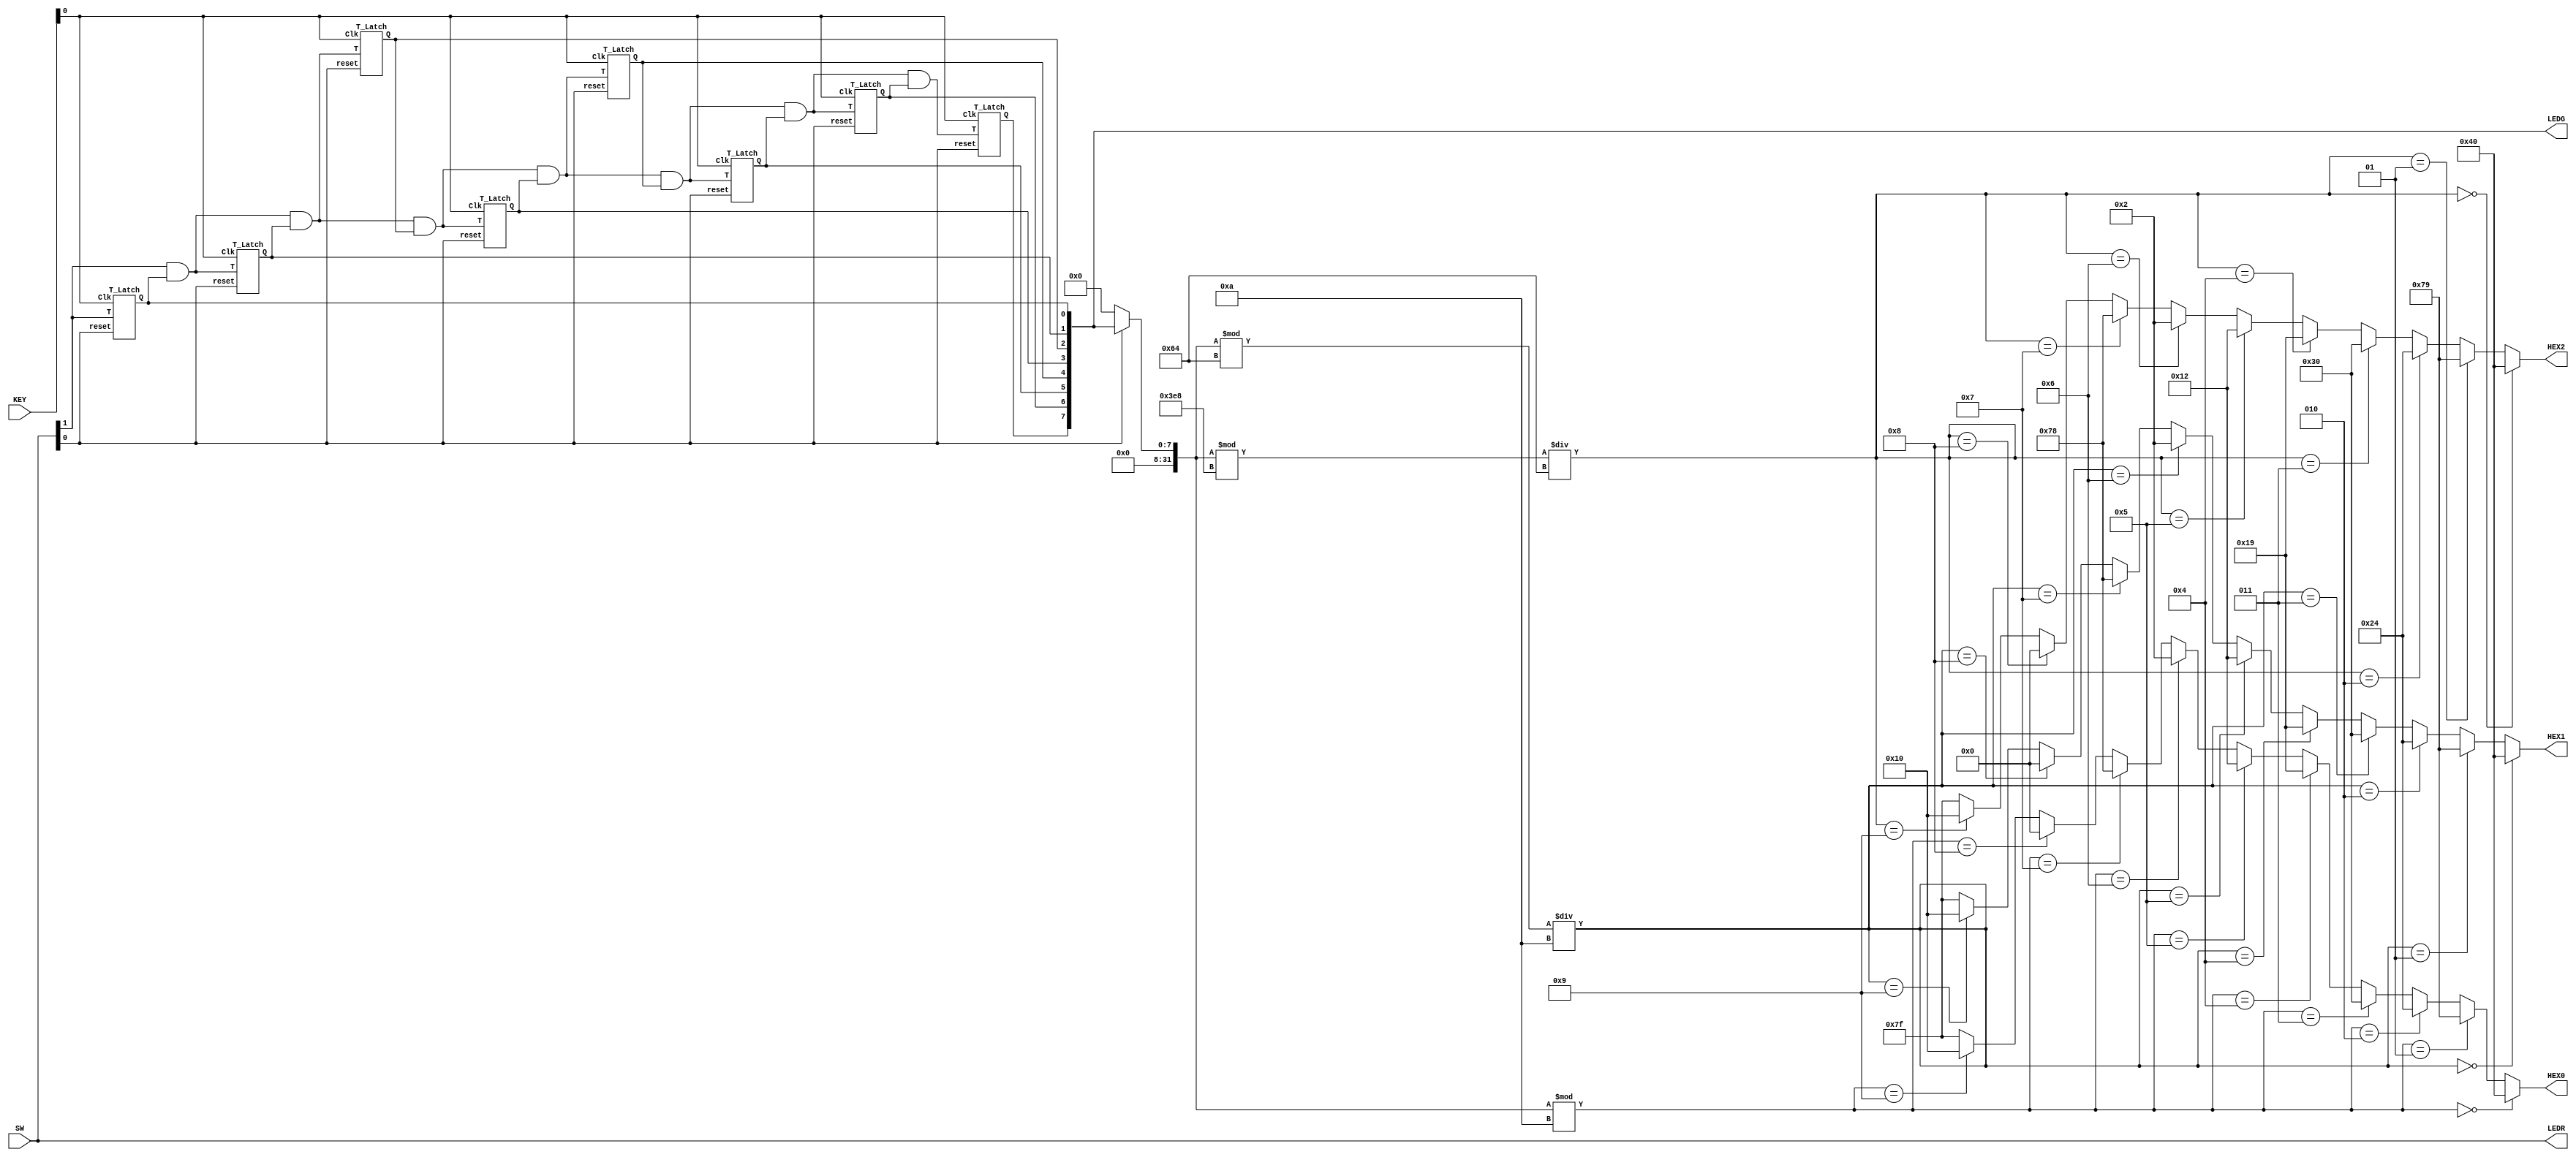
//This program uses T flip flops to create an 8 bit counter, and display the count onto HEX[2:0]
//KEY[0] is the clock
//SW[0] is Clear when toggled low
//SW[1] is Enable when toggled high
//Leave SW[1:0] high for the counter to work. 
`define BLANK 7'b1111111
`define ZERO 7'b1000000
`define ONE 7'b1111001
`define TWO 7'b0100100
`define THREE 7'b0110000
`define FOUR 7'b0011001
`define FIVE 7'b0010010
`define SIX 7'b0000010
`define SEVEN 7'b1111000
`define EIGHT 7'b0000000
`define NINE 7'b0010000

module Lab41 (SW, LEDR, LEDG, HEX0, HEX1, HEX2, KEY);
input [17:0]SW;
output [17:0]LEDR;
output [7:0]LEDG;
output [6:0]HEX0;
output [6:0]HEX1;
output [6:0]HEX2;
input [3:0]KEY;
integer Count;
wire[7:0]w;

assign LEDR = SW;
assign LEDG = w;

//These are the eight T latches for the eight bit counter
T_Latch Latch1(SW[1], KEY[0], w[0], SW[0]);
T_Latch Latch2((SW[1] & w[0]), KEY[0], w[1], SW[0]);
T_Latch Latch3((SW[1] & w[0] & w[1]), KEY[0], w[2], SW[0]);
T_Latch Latch4((SW[1] & w[0] & w[1] & w[2]), KEY[0], w[3], SW[0]);
T_Latch Latch5((SW[1] & w[0] & w[1] & w[2] & w[3]), KEY[0], w[4], SW[0]);
T_Latch Latch6((SW[1] & w[0] & w[1] & w[2] & w[3] & w[4]), KEY[0], w[5], SW[0]);
T_Latch Latch7((SW[1] & w[0] & w[1] & w[2] & w[3] & w[4] & w[5]), KEY[0], w[6], SW[0]);
T_Latch Latch8((SW[1] & w[0] & w[1] & w[2] & w[3] & w[4] & w[5] & w[6]), KEY[0], w[7], SW[0]);

always @(w or SW[0]) begin
	Count = w;
	if (!SW[0]) // resets based on SW[0]
		Count = 0;
end

assign HEX0 = (Count % 10 == 0)?`ZERO: // 0
				  (Count % 10 == 1)?`ONE: // 1
				  (Count % 10 == 2)?`TWO: // 2
				  (Count % 10 == 3)?`THREE: // 3
				  (Count % 10 == 4)?`FOUR: // 4
				  (Count % 10 == 5)?`FIVE: // 5
				  (Count % 10 == 6)?`SIX: // 6
				  (Count % 10 == 7)?`SEVEN: // 7
				  (Count % 10 == 8)?`EIGHT: // 8
			     (Count % 10 == 9)?`NINE: // 9
				   `BLANK; // BLANK
					
assign HEX1 = ((Count % 100) / 10 == 0)?`ZERO: // 0
				  ((Count % 100) / 10 == 1)?`ONE: // 1
				  ((Count % 100) / 10 == 2)?`TWO: // 2
				  ((Count % 100) / 10 == 3)?`THREE: // 3
				  ((Count % 100) / 10 == 4)?`FOUR: // 4
				  ((Count % 100) / 10 == 5)?`FIVE: // 5
				  ((Count % 100) / 10 == 6)?`SIX: // 6
				  ((Count % 100) / 10 == 7)?`SEVEN: // 7
				  ((Count % 100) / 10 == 8)?`EIGHT: // 8
			     ((Count % 100) / 10 == 9)?`NINE: // 9
				   `BLANK; // BLANK
					
assign HEX2 = ((Count % 1000) / 100 == 0)?`ZERO: // 0
				  ((Count % 1000) / 100 == 1)?`ONE: // 1
				  ((Count % 1000) / 100 == 2)?`TWO: // 2
				  ((Count % 1000) / 100 == 3)?`THREE: // 3
				  ((Count % 1000) / 100 == 4)?`FOUR: // 4
				  ((Count % 1000) / 100 == 5)?`FIVE: // 5
				  ((Count % 1000) / 100 == 6)?`SIX: // 6
				  ((Count % 1000) / 100 == 7)?`SEVEN: // 7
				  ((Count % 1000) / 100 == 8)?`EIGHT: // 8
			     ((Count % 1000) / 100 == 9)?`NINE: // 9
				   `BLANK; // BLANK
endmodule

module T_Latch (T, Clk, Q, reset);
	input T, Clk, reset;
	output reg Q;
	always @ (posedge Clk or negedge reset) begin
		if (~reset) begin
			Q <= 0;
		end else if (T) begin
			Q <= !Q;
		end
	end
endmodule